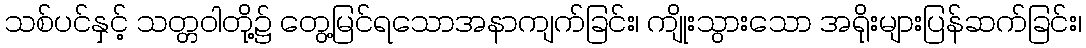
သစ်ပင်နှင့် သတ္တဝါတို့၌ တွေ့မြင်ရသောအနာကျက်ခြင်း၊ ကျိုးသွားသော အရိုးများပြန်ဆက်ခြင်း၊